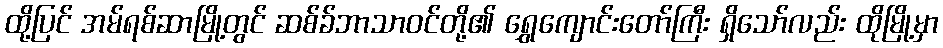
ထို့ပြင် အမ်ရစ်ဆာမြို့တွင် ဆစ်ခ်ဘာသာဝင်တို့၏ ရွှေကျောင်းတော်ကြီး ရှိသော်လည်း ထိုမြို့မှာ